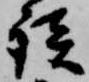
談